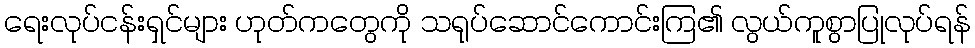
ရေးလုပ်ငန်းရှင်များ ဟုတ်ကတွေကို သရုပ်ဆောင်ကောင်းကြ၏ လွယ်ကူစွာပြုလုပ်ရန်